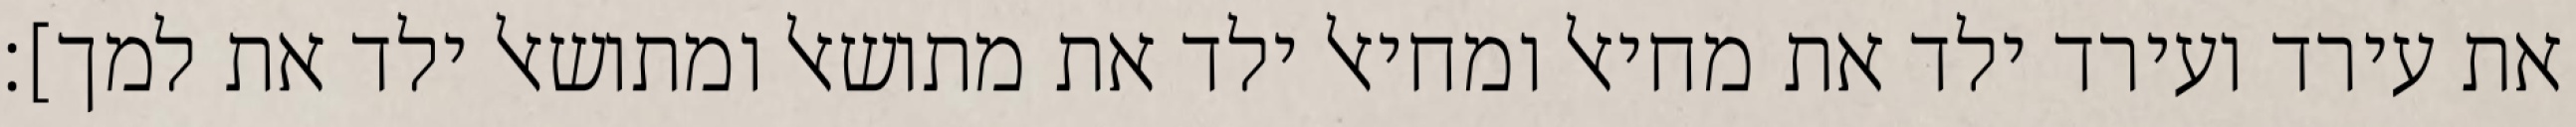
את עירד ועירד ילד את מחיאל ומחיאל ילד את מתושאל ומתושאל ילד את למך]׃